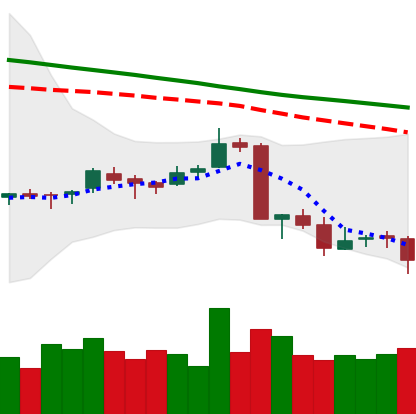
Ticker: ETC-USD
Chart end date: 2018-09-12
Forward return: -3.277%
Label: down_3_5